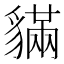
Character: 䝡